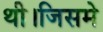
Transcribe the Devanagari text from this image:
थी।जिसमे